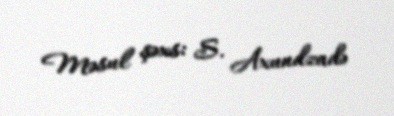
Məsul şəxs: S. Axundzadə